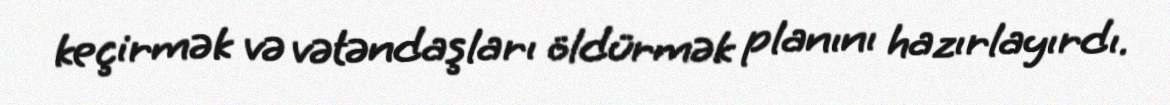
keçirmək və vətəndaşları öldürmək planını hazırlayırdı.